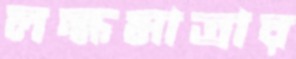
লক্ষমাত্রার